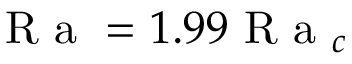
\mathrm { ~ R ~ a ~ } = 1 . 9 9 \mathrm { ~ R ~ a ~ } _ { c }